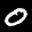
Label: 0